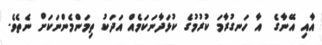
އާއި އޭނާގެ  އާ ހަނގުރާމަ ކުރުމުގެ ކުޅަދާނަކަމެއް އަދަކު ތިމަންމެންނަކަށް ނެތެވެ.